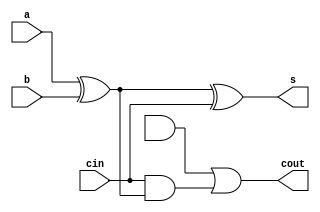
module fulladder(a,b,cin,s,cout);
input a,b,cin;
output s,cout;
wire w1,w2,w3;
xor (s,a,b,cin);
xor (w1,a,b);
and (w2,cin,w1);
and (w3,p,q);
or (cout,w3,w2);
endmodule